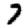
Digit: 7